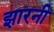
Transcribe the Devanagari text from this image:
झारनी